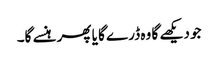
جو دیکھے گا وہ ڈرے گا یا پھر ہنسے گا۔